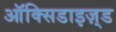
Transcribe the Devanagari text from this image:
ऑक्सिडाइज़्ड